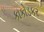
કાકોડકર